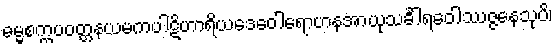
ဓမ္မစက္ကပဝတ္တနယမကပါဋိဟာရိယဒေဝေါရောဟနအာယုသင်္ခါရဝေါဿဇ္ဇနေသုပိ၊